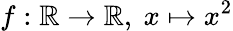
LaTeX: f:\mathbb{R}\to\mathbb{R},\ x\mapsto x^{2}